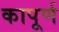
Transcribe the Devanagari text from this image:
कापूर्ण